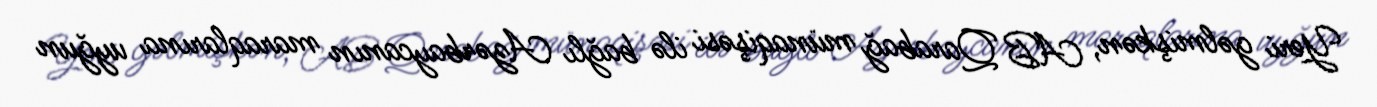
Yeri gəlmişkən, AB Qarabağ münaqişəsi ilə bağlı Azərbaycanın maraqlarına uyğun